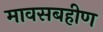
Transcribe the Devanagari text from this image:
मावसबहीण